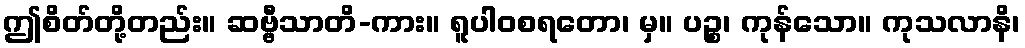
ဤစိတ်တို့တည်း။ ဆဗ္ဗီသာတိ-ကား။ ရူပါဝစရတော၊ မှ။ ပဉ္စ၊ ကုန်သော။ ကုသလာနိ၊